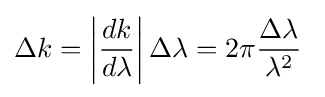
\Delta k=\left|{\frac {dk}{d\lambda }}\right|\Delta \lambda =2\pi {\frac {\Delta \lambda }{\lambda ^{2}}}\